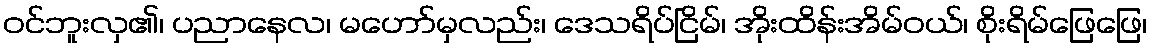
ဝင်ဘူးလှ၏၊ ပညာနေလ၊ မဟော်မှလည်း၊ ဒေသရိပ်ငြိမ်၊ အိုးထိန်းအိမ်ဝယ်၊ စိုးရိမ်ဖြေဖြေ၊